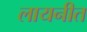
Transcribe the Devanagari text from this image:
लायनीत